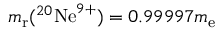
m _ { \mathrm { r } } ( { } ^ { 2 0 } \mathrm { N e } ^ { 9 + } ) = 0 . 9 9 9 9 7 m _ { \mathrm { e } }